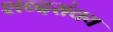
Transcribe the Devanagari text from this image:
शब्दसंचय